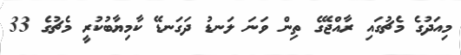
މިއަދުގެ މެޗުގައި ރާއްޖޭގެ ތިން ވަނަ ލަނޑު ދަގަނޑޭ ކާމިޔާބުކުރީ މެޗުގެ 33